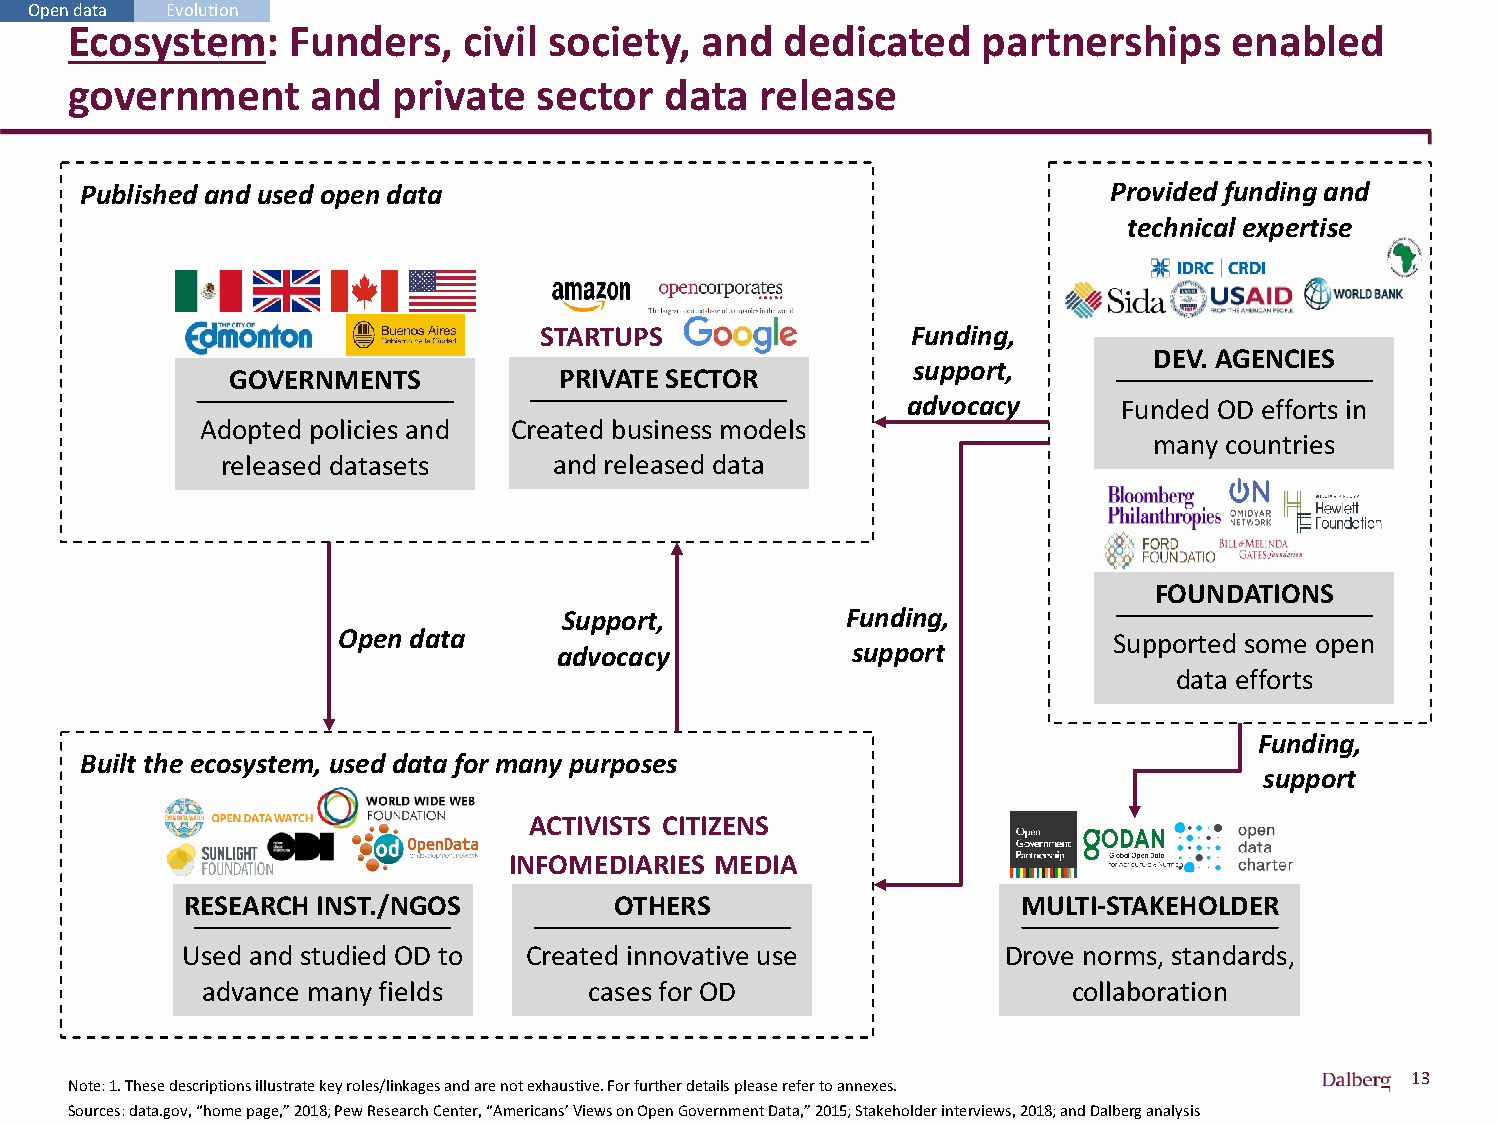
Open data Evolution
 Ecosystem:    Funders,    civil society, and   dedicated    partnerships     enabled
 government      and  private   sector  data  release
 Published and used open data                                        Provided funding and
 technical expertise
 STARTUPS                Funding,
 DEV. AGENCIES
 support,
 GOVERNMENTS           PRIVATE SECTOR
 advocacy      Funded OD efforts in
 Adopted policies and Created business models
 many countries
 released datasets     and released data
 FOUNDATIONS
 Support,           Funding,
 Open data                                           Supported some open
 advocacy           support
 data efforts
 Funding,
 Built the ecosystem, used data for many purposes
 support
 ACTIVISTS CITIZENS
 INFOMEDIARIES MEDIA
 RESEARCH INST./NGOS          OTHERS                     MULTI-STAKEHOLDER
 Used and studied OD to Created innovative use          Drove norms, standards,
 advance many fields       cases for OD                    collaboration
 13
 Note: 1. These descriptions illustrate key roles/linkages and are not exhaustive. For further details please refer to annexes.
 Sources: data.gov, “home page,” 2018; Pew Research Center, “Americans’ Views on Open Government Data,” 2015; Stakeholder interviews, 2018; and Dalberg analysis